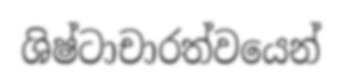
ශිෂ්ටාචාරත්වයෙන්